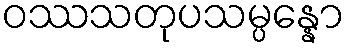
ဝဿသတုပသမ္ပန္နော